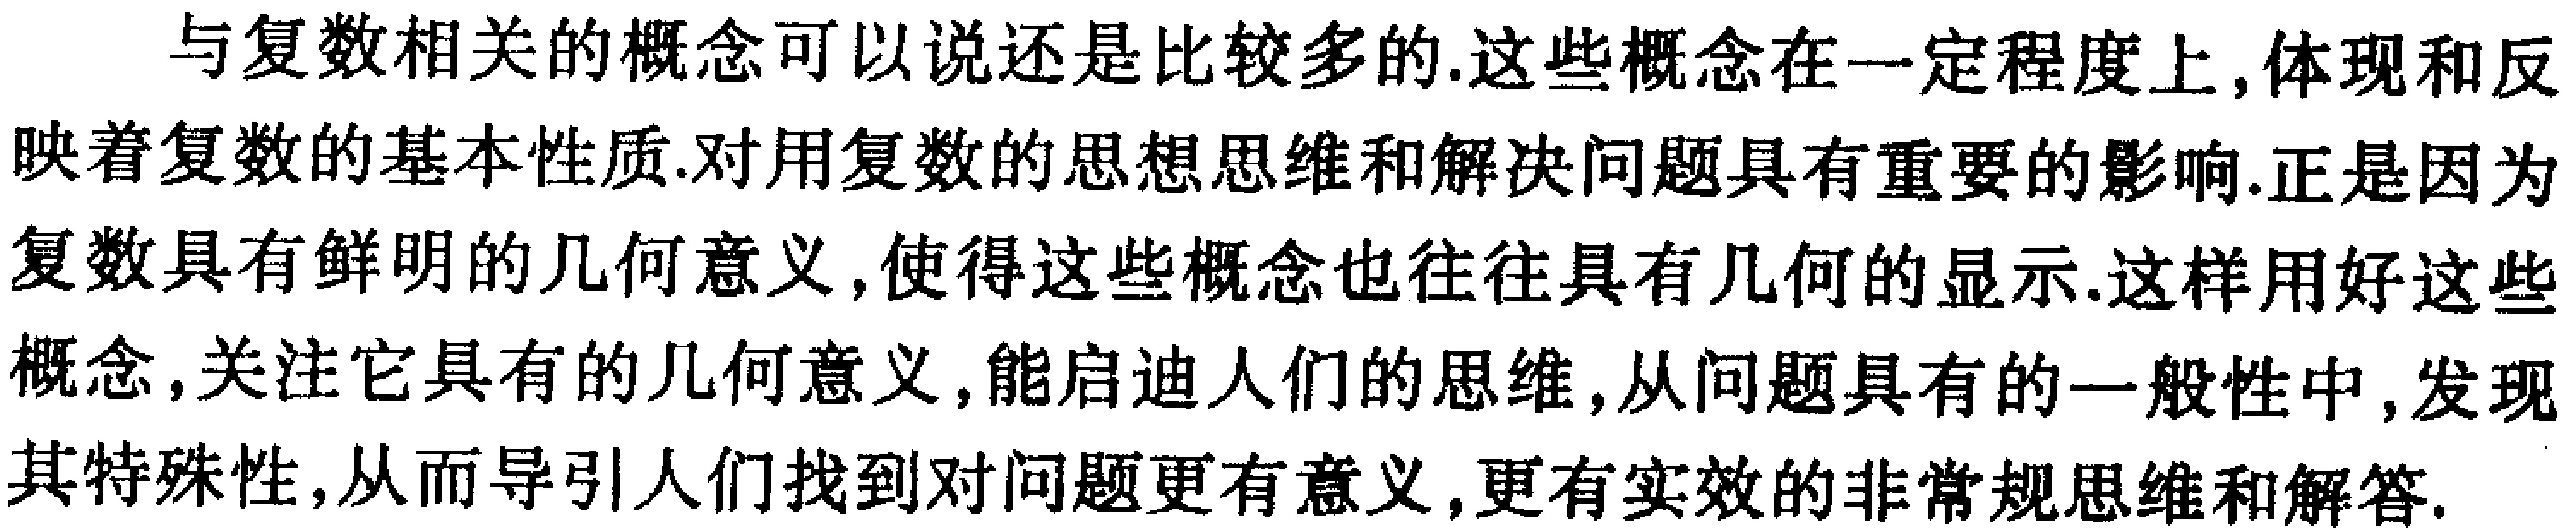
与复数相关的概念可以说还是比较多的.这些概念在一定程度上,体现和反映着复数的基本性质.对用复数的思想思维和解决问题具有重要的影响.正是因为复数具有鲜明的几何意义,使得这些概念也往往具有几何的显示.这样用好这些概念,关注它具有的几何意义,能启迪人们的思维,从问题具有的一般性中,发现其特殊性,从而导引人们找到对问题更有意义,更有实效的非常规思维和解答.